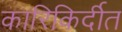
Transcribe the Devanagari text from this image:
कारिकिर्दीत